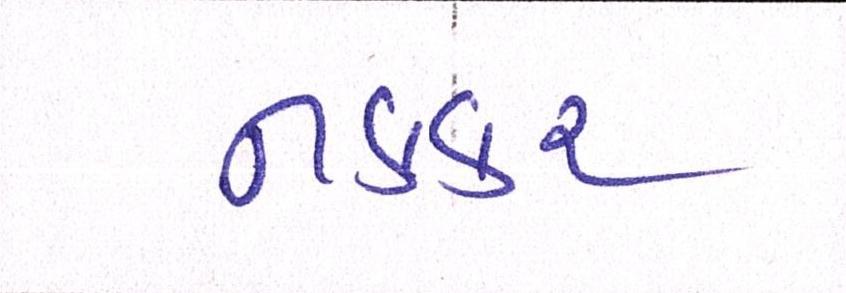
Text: નકકર